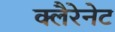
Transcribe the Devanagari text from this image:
क्लैरेनेट